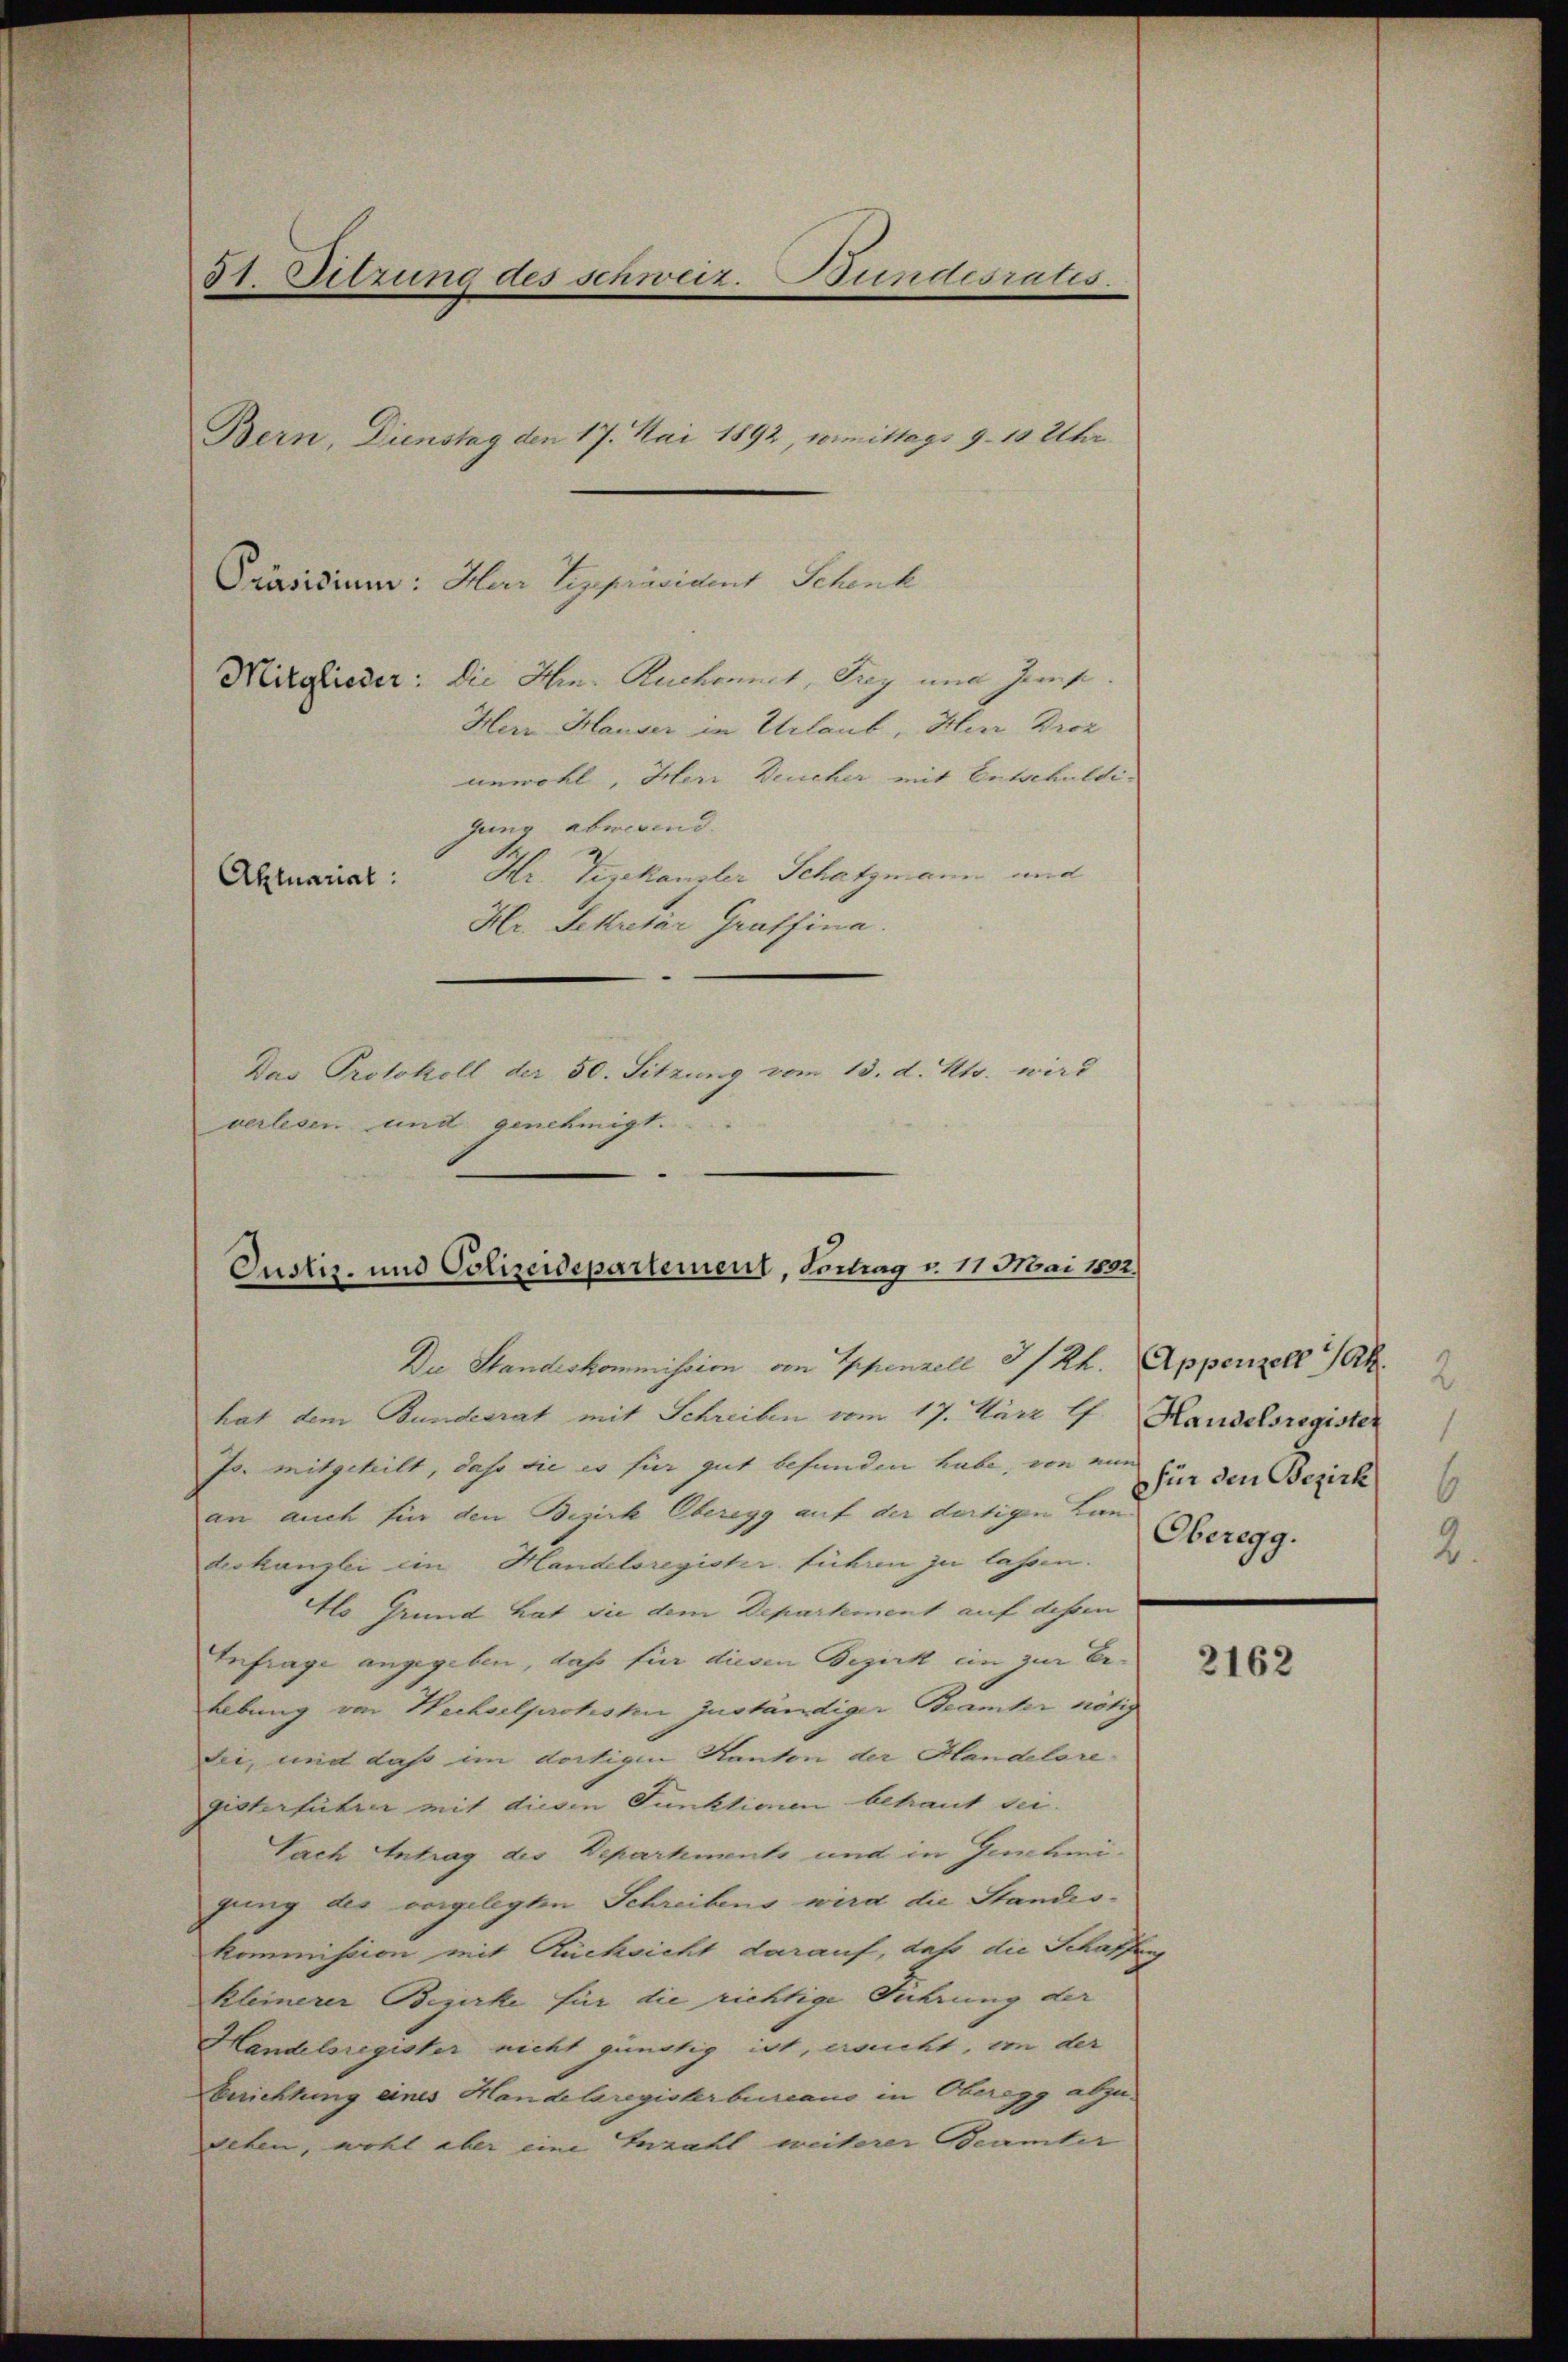
51. Sitzung des schweiz. Bundesrates.

Präsidium: Herr Vizepräsident Schenk
Mitglieder: die Hrn. Ruchennet, Frey und Jerus
Herr Hauser in Urlaub, Herr Droz
unwohl, Herr Deucher mit Entschuldigung abwesend.
Hr. Teekanzler Schatzmann und
Hr. Sekretär Graffina.
verlesen und genehmigt.

Aktuariat:

Bern, Dienstag den 17. Mai 1892, vermittags 9. 10 Uhr

Das Protokoll der 50. Sitzung vom 13. d. Mts. wird

Justiz- und Polizeidepartement, Vortrag v. 11. Mai 1802.

Du Standeskommission von Appenzell I/Rh.
hat dem Bundesrat mit Schreiben vom 17. März lJ.
Js. mitgeheilt, das die es für gut befunden habe, von ein für den Bezirk
an auch für den Bezirk Oberegg auf der dortigen Lan
deskanzlei im Handelsregister führen zu lassen.
Als Grund hat sie dem Departement auf dessen
Infrage angegeben, daß für diesen Bezirk ein zur Erlebung von Wechselproteste zuständiger Beamter nötig
sei, und daß im dortigen Kanton der Handelsregisterführer mit diesen Funktionen behaut sei.
Nach Antrag des Departements und in Genehmigung des vorgelegten Schreibens wird die Standes-
kommission mit Rücksicht darauf, daß die Schaffung
kleinerer Bezirke für die richtige Führung der
Handelsregister nicht günstig ist, ersucht, von der
Berichtung eines Handelsregisterbureaus in Oberegg abzusehen, wohl aber eine Enzahl weiterer Beamter

Appenzell A.
Handelsregister
Oberegg.

2162